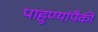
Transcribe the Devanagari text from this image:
पाहुण्यांपैकी